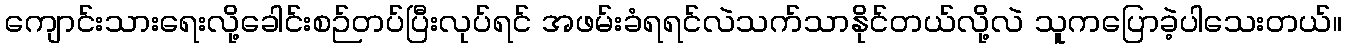
ကျောင်းသားရေးလို့ခေါင်းစဉ်တပ်ပြီးလုပ်ရင် အဖမ်းခံရရင်လဲသက်သာနိုင်တယ်လို့လဲ သူကပြောခဲ့ပါသေးတယ်။